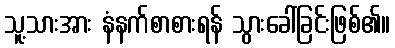
သူ့သားအား နံနက်စာစားရန် သွားခေါ်ခြင်းဖြစ်၏။